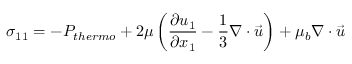
\sigma _ { 1 1 } = - P _ { t h e r m o } + 2 \mu \displaystyle \left( \frac { \partial u _ { 1 } } { \partial x _ { 1 } } - \frac { 1 } { 3 } \nabla \cdot \vec { u } \right) + \mu _ { b } \nabla \cdot \vec { u }